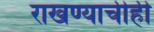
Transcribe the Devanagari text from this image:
राखण्याचीही